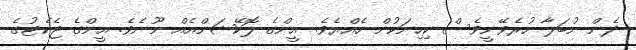
ދެން ނުބަލާ ހުރެވޭނީވެސް ކިހިނަކުން ހެއްޔެވެ. އީންގެ ލޮކޭޝަންއެއް ނޫނެވެ. އީންގެ ޖެކެޓުގެ